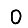
Digit: 0